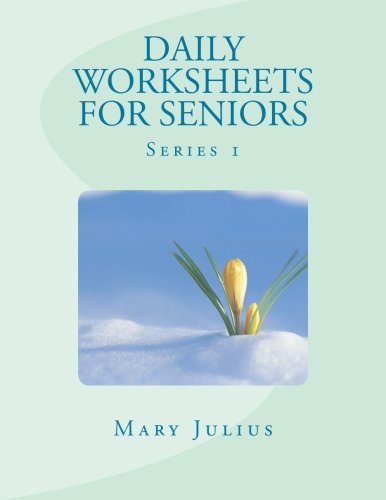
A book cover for Daily Worksheets for Seniors: Series 1; Mary Julius; Humor & Entertainment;